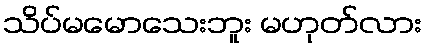
သိပ်မမောသေးဘူး မဟုတ်လား